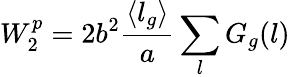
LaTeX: W_{2}^{p}=2b^{2}\frac{\langle l_{g}\rangle}{a}\sum_{l}G_{g}(l)